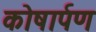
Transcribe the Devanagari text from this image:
कोषार्पण